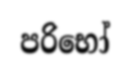
පරිභෝ